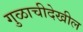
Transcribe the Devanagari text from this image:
गुळाचीदेखील